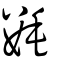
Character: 氀